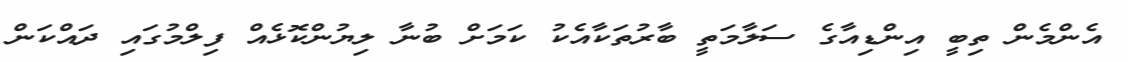
އެންމެން ތިބީ އިންޑިއާގެ ސަލާމަތީ ބާރުތަކާއެކު ކަަމަށް ބުނާ ލިޔުންކޮޅެއް ފިލްމުގައި ދައްކަން